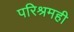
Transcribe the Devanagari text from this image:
परिश्रमही